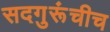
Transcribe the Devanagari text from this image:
सदगुरूंचीच